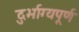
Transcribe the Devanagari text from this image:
दुर्भाग्‍यपूर्ण